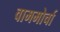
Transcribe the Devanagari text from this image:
वाममोर्चा